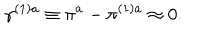
LaTeX: \gamma ^ { ( 1 ) a } \equiv \pi ^ { a } - \pi ^ { ( 1 ) a } \approx 0 .